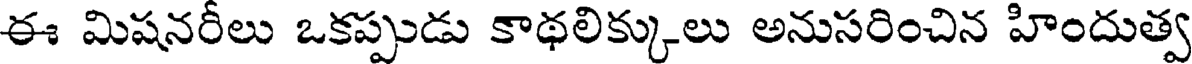
ఈ మిషనరీలు ఒకప్పుడు కాథలిక్కులు అనుసరించిన హిందుత్వ